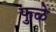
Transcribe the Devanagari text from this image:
फुळे